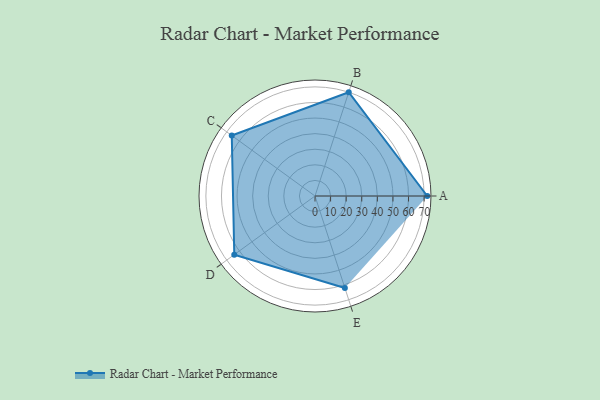
{"axis": {"x": "Skill", "y": "Score"}, "legend": ["Profile"], "data": [{"x": "A", "y": 72.0, "type": "Profile"}, {"x": "B", "y": 70.0, "type": "Profile"}, {"x": "C", "y": 66.0, "type": "Profile"}, {"x": "D", "y": 64.0, "type": "Profile"}, {"x": "E", "y": 62.0, "type": "Profile"}]}